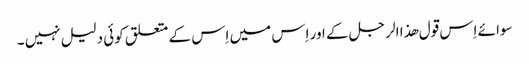
سوائے اِس قول ھذا الر جل کے اور اِس میں اِس کے متعلق کوئی دلیل نہیں ۔